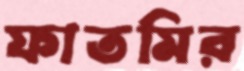
ফাতমির